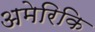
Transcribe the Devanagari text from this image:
अमेरिकि